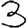
Digit: 3